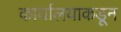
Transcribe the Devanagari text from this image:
कार्यालयाकडून